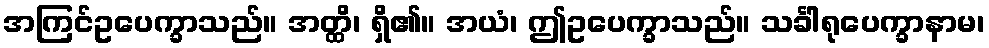
အကြင်ဥပေက္ခာသည်။ အတ္ထိ၊ ရှိ၏။ အယံ၊ ဤဥပေက္ခာသည်။ သင်္ခါရုပေက္ခာနာမ၊